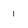
Character: 1